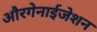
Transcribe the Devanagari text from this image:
औरगेनाईजेशन